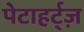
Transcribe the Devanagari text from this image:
पेटाहर्ट्ज़